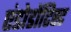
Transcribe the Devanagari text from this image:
एंडोडोंटिस्ट